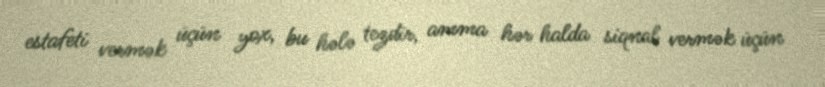
estafeti vermək üçün yox, bu hələ tezdir, amma hər halda siqnal vermək üçün